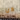
كل